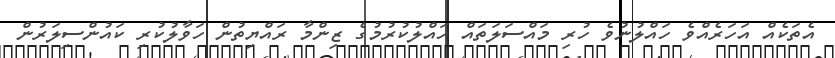
އެތަކެއް އަހަރެއްވެ ހައްލުނުވެ ހުރި މައްސަލަތައް ހައްލުކުރުމުގެ ޒިންމާ ރައްޔިތުން ހަވާލުކުރި ކައުންސިލަރުން